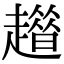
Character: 𧾀